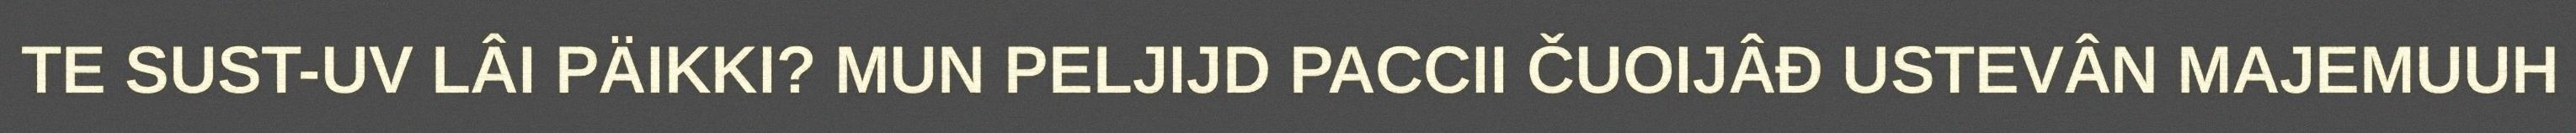
TE SUST-UV LÂI PÄIKKI? MUN PELJIJD PACCII ČUOIJÂĐ USTEVÂN MAJEMUUH